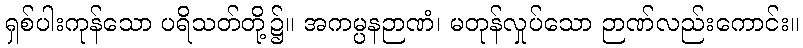
ရှစ်ပါးကုန်သော ပရိသတ်တို့၌။ အကမ္ပနဉာဏံ၊ မတုန်လှုပ်သော ဉာဏ်လည်းကောင်း။